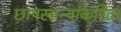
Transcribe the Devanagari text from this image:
छापखान्यांकरिता